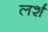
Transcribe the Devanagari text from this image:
लर्श